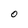
Character: O